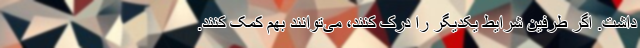
داشت. اگر طرفین شرایط یکدیگر را درک کنند، می‌توانند بهم کمک کنند.